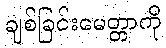
ချစ်ခြင်းမေတ္တာကို